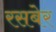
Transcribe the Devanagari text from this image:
रसबेर